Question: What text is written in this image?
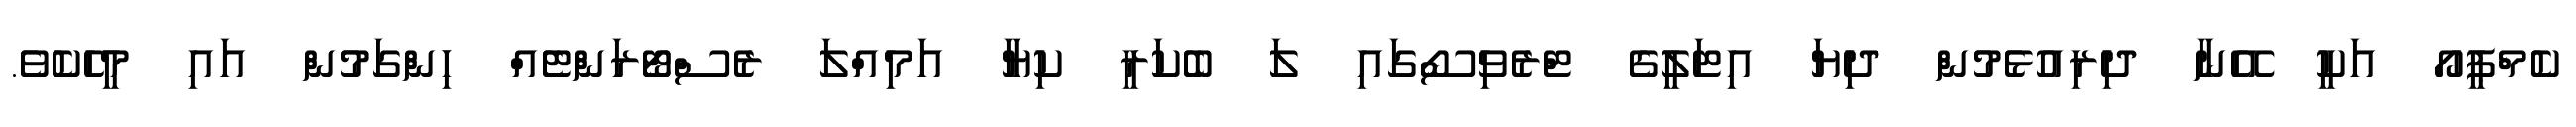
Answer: ކެމްޕީއޯ އަކީ އޭނާ ދިރިއުޅެމުން ދިޔަ އިޓަލީގެ ޓްރެވިސޯގައި ލަ ބެކަރީ ކިޔާ އަމިއްލަ ރެސްޓޯރަންޓެއް ހިންގަމުން އައި މީހެކެވެ.